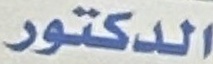
الدكتور